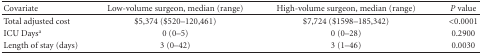
| Covariate | Low-volume surgeon, median (range) | High-volume surgeon, median (range) | P value |
 | --- | --- | --- | --- |
 | Total adjusted cost | $5,374 ($520–120,461) | $7,724 ($1598–185,342) | <0.0001 |
 | ICU Daysa | 0 (0–5) | 0 (0–28) | 0.2900 |
 | Length of stay (days) | 3 (0–42) | 3 (1–46) | 0.0030 |